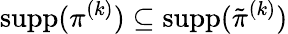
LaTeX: \operatorname{supp}(\pi^{(k)})\subseteq\operatorname{supp}(\tilde{\pi}^{(k)})